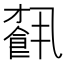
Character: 𩛥